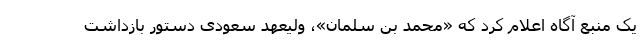
یک منبع آگاه اعلام کرد که «محمد بن سلمان»، ولیعهد سعودی دستور بازداشت